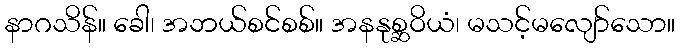
နာဂသိန်။ ခေါ၊ အဘယ်စင်စစ်။ အနနုစ္ဆဝိယံ၊ မသင့်မလျော်သော။